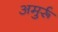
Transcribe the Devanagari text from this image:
अमुर्रू